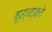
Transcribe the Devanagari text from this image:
मुख्यत्वाने